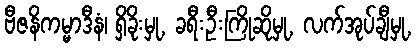
ဗီဇနိကမ္မာဒီနံ၊ ရှိခိုးမှု, ခရီးဦးကြိုဆိုမှု, လက်အုပ်ချီမှု,